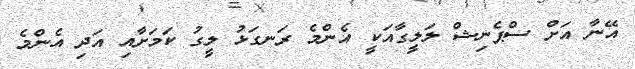
އޭނާ އަށް ސްޕެނިޝް ލަލީގާއަކީ އެންމެ ރަނގަޅު ލީގު ކަމަށާއި އަދި އެންމެ